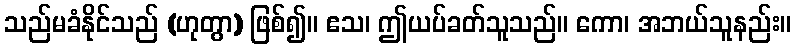
သည်မခံနိုင်သည် (ဟုတွာ) ဖြစ်၍။ ဧသ၊ ဤယပ်ခတ်သူသည်။ ကော၊ အဘယ်သူနည်း။